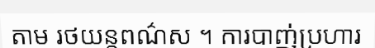
តាម រថយន្តពណ៌ស ។ ការបាញ់ប្រហារ